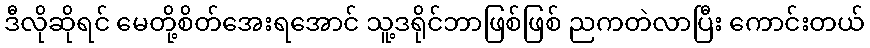
ဒီလိုဆိုရင် မေတို့စိတ်အေးရအောင် သူ့ဒရိုင်ဘာဖြစ်ဖြစ် ညကတဲလာပြီး ကောင်းတယ်